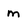
Character: m